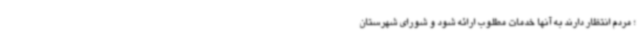
؛ مردم انتظار دارند به آنها خدمات مطلوب ارائه شود و شورای شهرستان